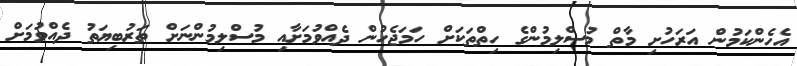
އެހެންކަމުން އަރަހުށި މާތް މުސްލިމުންގެ ހިތްތަކަށް ހަމަޖެހުން ދެއްވުމަށާއި މުސްލިމުންނަށް ތަރުބިޔަތު ދެއްވުމަށް